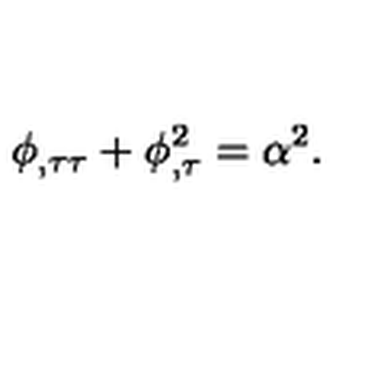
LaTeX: \phi _ { , \tau \tau } + \phi _ { , \tau } ^ { 2 } = \alpha ^ { 2 } .